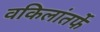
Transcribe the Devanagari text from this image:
वकिलांतर्फे